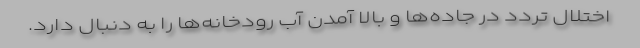
اختلال تردد در جاده‌ها و بالا آمدن آب رودخانه‌ها را به دنبال دارد.